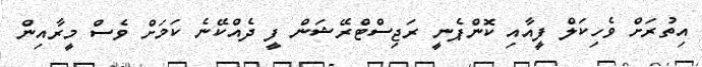
އިތުރަށް ވެހިކަލް ފީއާއި ކޮންޕެނީ ރަޖިސްޓްރޭޝަން ފީ ދެއްކޭނެ ކަމަށް ވެސް މީރާއިން